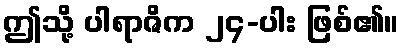
ဤသို့ ပါရာဇိက ၂၄-ပါး ဖြစ်၏။